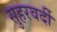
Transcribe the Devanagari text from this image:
सुहरवर्दी